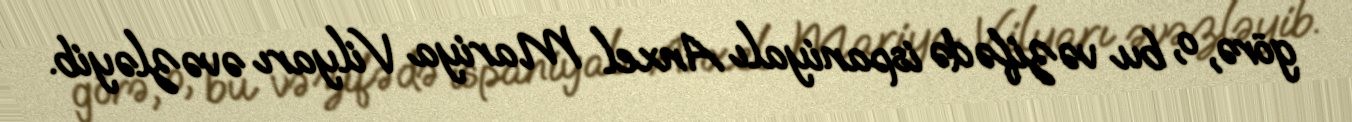
görə, o, bu vəzifədə ispaniyalı Anxel Mariya Vilyarı əvəzləyib.